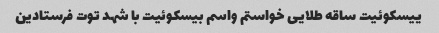
ییسکوئیت ساقه طلایی خواستم واسم بیسکوئیت با شهد توت فرستادین